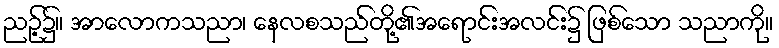
ညဉ့်၌။ အာလောကသညာ၊ နေလစသည်တို့၏အရောင်းအလင်း၌ ဖြစ်သော သညာကို။